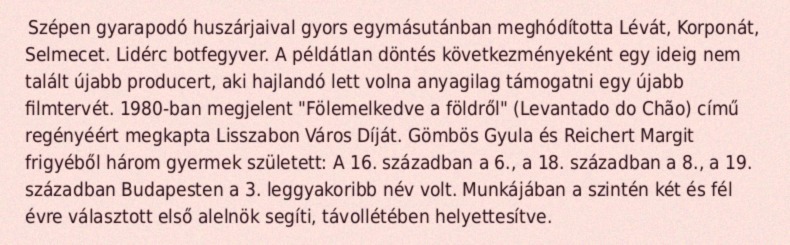
Szépen gyarapodó huszárjaival gyors egymásutánban meghódította Lévát, Korponát, Selmecet. Lidérc botfegyver. A példátlan döntés következményeként egy ideig nem talált újabb producert, aki hajlandó lett volna anyagilag támogatni egy újabb filmtervét. 1980-ban megjelent "Fölemelkedve a földről" (Levantado do Chão) című regényéért megkapta Lisszabon Város Díját. Gömbös Gyula és Reichert Margit frigyéből három gyermek született: A 16. században a 6., a 18. században a 8., a 19. században Budapesten a 3. leggyakoribb név volt. Munkájában a szintén két és fél évre választott első alelnök segíti, távollétében helyettesítve.